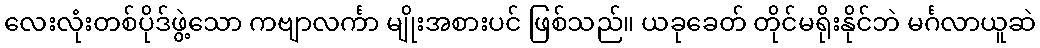
လေးလုံးတစ်ပိုဒ်ဖွဲ့သော ကဗျာလင်္ကာ မျိုးအစားပင် ဖြစ်သည်။ ယခုခေတ် တိုင်မရိုးနိုင်ဘဲ မင်္ဂလာယူဆဲ